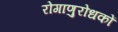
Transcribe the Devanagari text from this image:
रोगाणुरोधकों